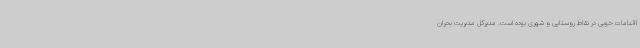
اقدامات خوبی در نقاط روستایی و شهری بوده است. مدیرکل مدیریت بحران